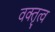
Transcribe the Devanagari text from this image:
वक्‍तृत्‍व